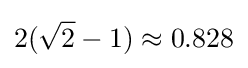
2({\sqrt {2}}-1)\approx 0.828